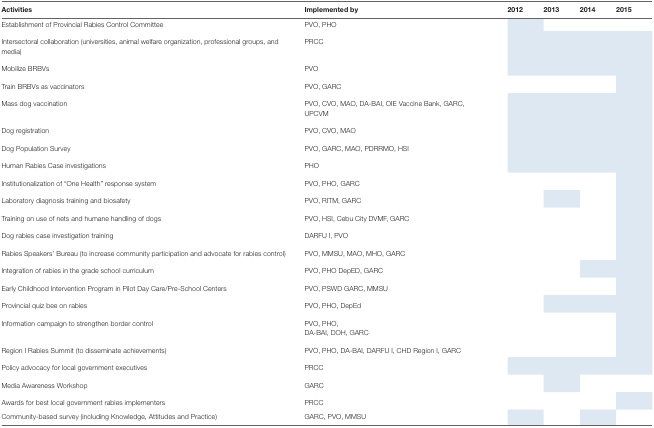
<table><thead><tr><td><b>Activities</b></td><td><b>Implemented by</b></td><td><b>2012</b></td><td><b>2013</b></td><td><b>2014</b></td><td><b>2015</b></td></tr></thead><tbody><tr><td>Establishment of Provincial Rabies Control Committee</td><td>PVO, PHO</td><td></td><td></td><td></td><td></td></tr><tr><td>Intersectoral collaboration (universities, animal welfare organization, professional groups, and media)</td><td>PRCC</td><td></td><td></td><td></td><td></td></tr><tr><td>Mobilize BRBVs</td><td>PVO</td><td></td><td></td><td></td><td></td></tr><tr><td>Train BRBVs as vaccinators</td><td>PVO, GARC</td><td></td><td></td><td></td><td></td></tr><tr><td>Mass dog vaccination</td><td>PVO, CVO, MAO, DA-BAI, OIE Vaccine Bank, GARC, UPCVM</td><td></td><td></td><td></td><td></td></tr><tr><td>Dog registration</td><td>PVO, CVO, MAO</td><td></td><td></td><td></td><td></td></tr><tr><td>Dog Population Survey</td><td>PVO, GARC, MAO, PDRRMO, HSI</td><td></td><td></td><td></td><td></td></tr><tr><td>Human Rabies Case investigations</td><td>PHO</td><td></td><td></td><td></td><td></td></tr><tr><td>Institutionalization of “One Health” response system</td><td>PVO, PHO, GARC</td><td></td><td></td><td></td><td></td></tr><tr><td>Laboratory diagnosis training and biosafety</td><td>PVO, RITM, GARC</td><td></td><td></td><td></td><td></td></tr><tr><td>Training on use of nets and humane handling of dogs</td><td>PVO, HSI, Cebu City DVMF, GARC</td><td></td><td></td><td></td><td></td></tr><tr><td>Dog rabies case investigation training</td><td>DARFU I, PVO</td><td></td><td></td><td></td><td></td></tr><tr><td>Rabies Speakers’ Bureau (to increase community participation and advocate for rabies control)</td><td>PVO, MMSU, MAO, MHO, GARC</td><td></td><td></td><td></td><td></td></tr><tr><td>Integration of rabies in the grade school curriculum</td><td>PVO, PHO DepED, GARC</td><td></td><td></td><td></td><td></td></tr><tr><td>Early Childhood Intervention Program in Pilot Day Care/Pre-School Centers</td><td>PVO, PSWD GARC, MMSU</td><td></td><td></td><td></td><td></td></tr><tr><td>Provincial quiz bee on rabies</td><td>PVO, PHO, DepEd</td><td></td><td></td><td></td><td></td></tr><tr><td>Information campaign to strengthen border control</td><td>PVO, PHO, DA-BAI, DOH, GARC</td><td></td><td></td><td></td><td></td></tr><tr><td>Region I Rabies Summit (to disseminate achievements)</td><td>PVO, PHO, DA-BAI, DARFU I, CHD Region I, GARC</td><td></td><td></td><td></td><td></td></tr><tr><td>Policy advocacy for local government executives</td><td>PRCC</td><td></td><td></td><td></td><td></td></tr><tr><td>Media Awareness Workshop</td><td>GARC</td><td></td><td></td><td></td><td></td></tr><tr><td>Awards for best local government rabies implementers</td><td>PRCC</td><td></td><td></td><td></td><td></td></tr><tr><td>Community-based survey (including Knowledge, Attitudes and Practice)</td><td>GARC, PVO, MMSU</td><td></td><td></td><td></td><td></td></tr></tbody></table>